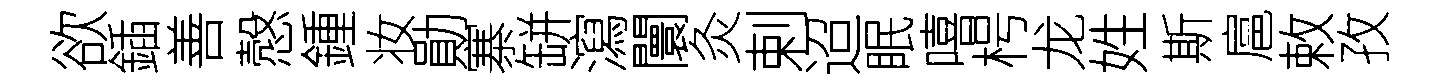
欲鍤善慤鍾妆勛寨缾瀉闤灸剌迢眠嘻枵龙姓斯扈敕孜